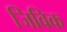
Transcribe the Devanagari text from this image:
जिविक